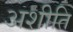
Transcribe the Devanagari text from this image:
अशीति